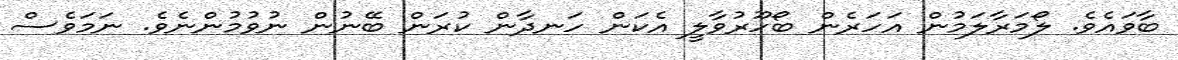
ބާވައެވެ. ލޯމަރާލަމުން އަހަރެން ބޯހޫރުވާލީ އެކަން ހަނދާން ކުރަން ބޭނުން ނުވުމުންނެވެ. ނަމަވެސް